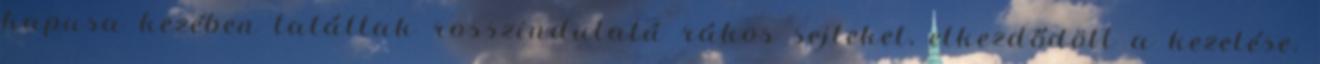
kapusa kezében találtak rosszindulatú rákos sejteket, elkezdődött a kezelése.